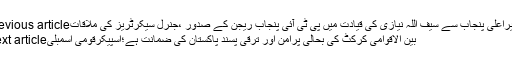
Previous articleوزیراعلیٰ پنجاب سے سیف اللہ نیازی کی قیادت میں پی ٹی آئی پنجاب ریجن کے صدور ،جنرل سیکرٹریز کی ملاقات
Next articleبین الاقوامی کرکٹ کی بحالی پرامن اور ترقی پسند پاکستان کی ضمانت ہے؛اسپیکرقومی اسمبلی